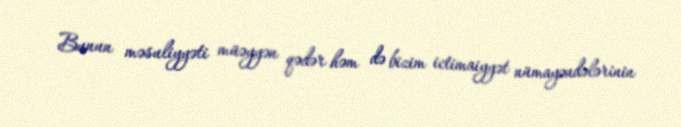
Bunun məsuliyyəti müəyyən qədər həm də bizim ictimaiyyət nümayəndələrinin